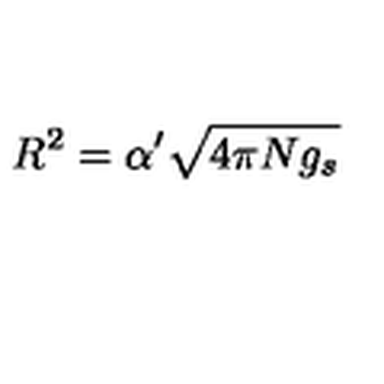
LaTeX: R ^ { 2 } = \alpha ^ { \prime } \sqrt { 4 \pi N g _ { s } } \